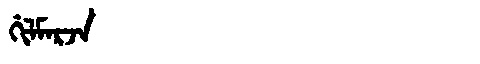
Manchu: ᡤᡳᠯᠮᠠᡵᠵᠠ
Romanization: GILMARJA